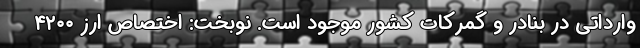
وارداتی در بنادر و گمرکات کشور موجود است. نوبخت: اختصاص ارز ۴۲۰۰